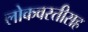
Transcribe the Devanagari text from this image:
लोकवस्तीसह